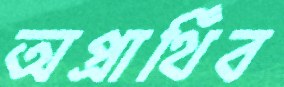
অপ্রার্থিব